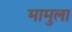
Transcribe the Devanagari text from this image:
मामुला